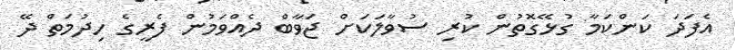
އެފަދަ ކަންކަމާ ގުޅޭގޮތުން ކުރި ސުވާލަކަށް ޖަވާބް ދެއްވަމުން ފެރީގެ ހިދުމަތް ދޭ